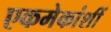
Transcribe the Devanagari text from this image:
एकमेकांशीं